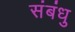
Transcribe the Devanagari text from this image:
संबंधु